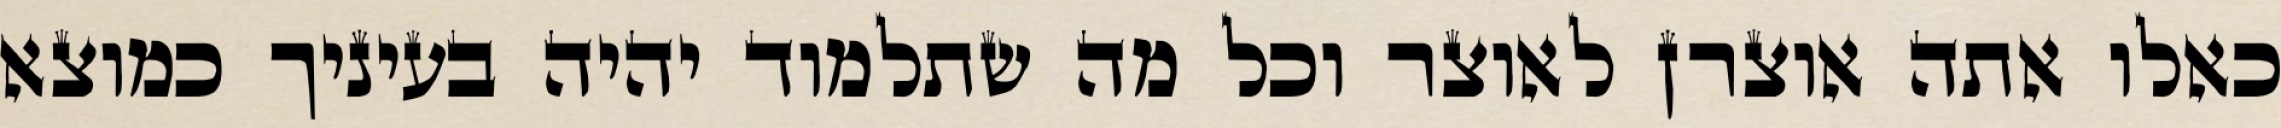
כאלו אתה אוצרן לאוצר וכל מה שתלמוד יהיה בעיניך כמוצא